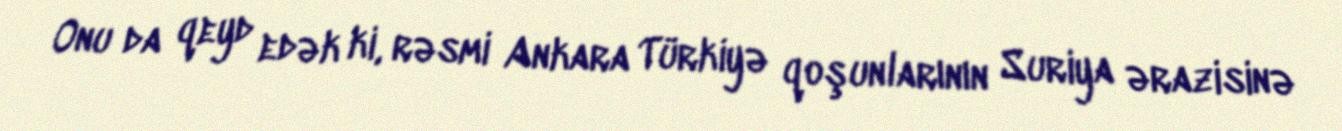
Onu da qeyd edək ki, rəsmi Ankara Türkiyə qoşunlarının Suriya ərazisinə